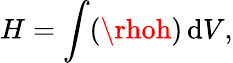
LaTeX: H=\int(\rhoh)\, \mathrm{d}V,